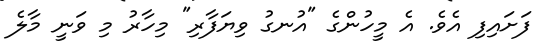
ފަށައިފި އެވެ. އެ މީހުންގެ "އުނގު ވިޔަފާރި" މިހާރު މި ވަނީ މާލެ